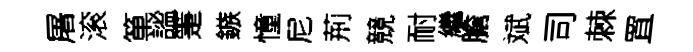
屠滚箪謐箑鏃憧尼荊競耐繼膽斌司棘罝